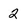
Character: 2